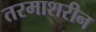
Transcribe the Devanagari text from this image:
तरमाशरीन